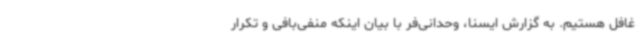
غافل هستیم. به گزارش ایسنا، وحدانی‌فر با بیان اینکه منفی‌بافی و تکرار